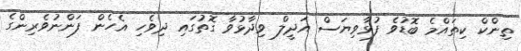
ތިންކް ކިތައްމެ ބޮޑުވެ ފުޅާވިޔަސް އަދީލް ވިދާޅުވާ ގޮތުގައި ދިވެހި އެހެން ފަންނުވެރިންގެ